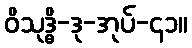
ဝိသုဒ္ဓိ-ဒု-အုပ်-၄၁။